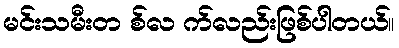
မင်းသမီးတ စ်လ က်လည်းဖြစ်ပါတယ်။